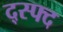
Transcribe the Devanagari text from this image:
द्स्फ्द